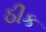
ઠીક